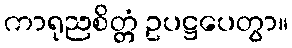
ကာရုညစိတ္တံ ဥပဋ္ဌပေတွာ။